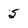
Character: 5